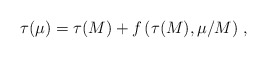
\begin{align*}\tau(\mu) = \tau(M) + f\left(\tau(M), \mu/M\right) \, ,\end{align*}